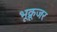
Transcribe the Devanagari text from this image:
भूक्रूजर